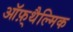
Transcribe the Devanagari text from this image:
ऑफ़्थैल्मिक